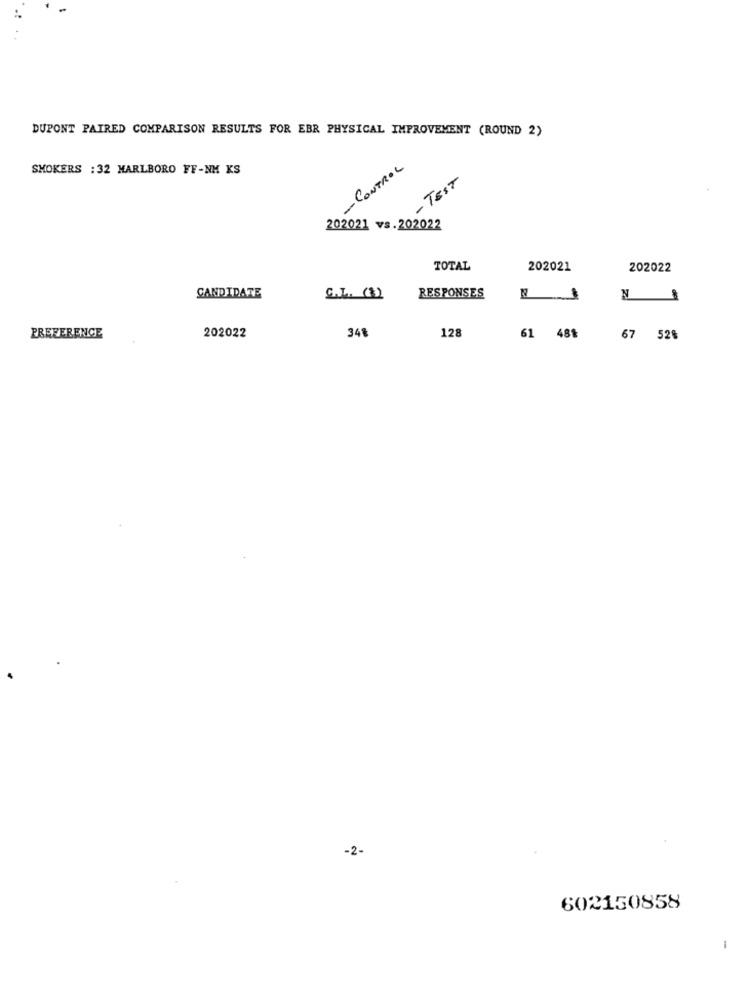
DUPONT PAIRED COMPARISON RESULTS FOR EBR PHYSICAL IMPROVEMENT (ROUND 2)
SMOKERS : 32 MARLBORO FF-NM KS
- CONTROL
- TEST
202021 vs.202022
TOTAL
202021
202022
CANDIDATE
C.T. (3)
RESPONSES
N 8
348
128
PREFERENCE
202022
61 481
67 52%
-2-
602150858
-